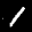
Label: 1